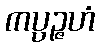
ကပ္ပဉ္ဇဟံ